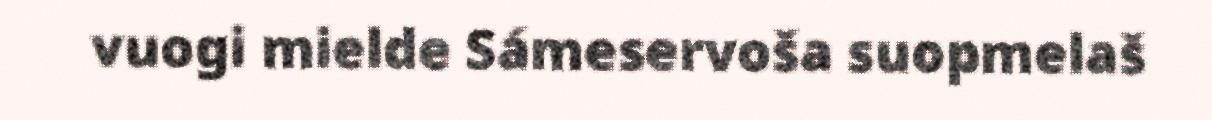
vuogi mielde Sámeservoša suopmelaš